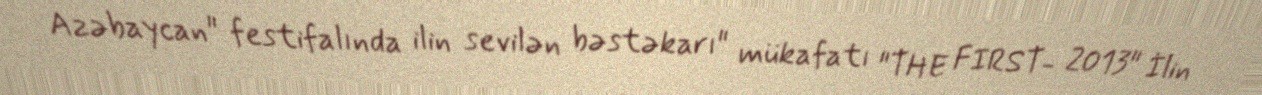
Azəbaycan" festifalında ilin sevilən bəstəkarı" mükafatı "THE FIRST- 2013" İlin